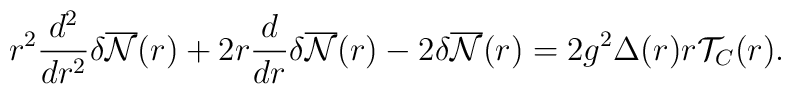
r^2\frac{d^2}{dr^2}{\delta}\overline{\cal{N}}(r)+2r\frac{d}{dr}{\delta}\overline{\cal{N}}(r)-2{\delta}\overline{\cal{N}}(r)=2g^2{\Delta}(r)r{\cal T}_C(r).